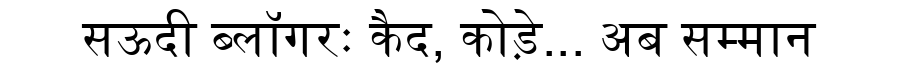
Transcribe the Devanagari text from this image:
सऊदी ब्लॉगरः कैद, कोड़े... अब सम्मान